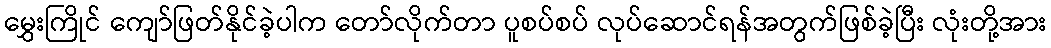
မွှေးကြိုင် ကျော်ဖြတ်နိုင်ခဲ့ပါက တော်လိုက်တာ ပူစပ်စပ် လုပ်ဆောင်ရန်အတွက်ဖြစ်ခဲ့ပြီး လုံးတို့အား